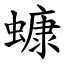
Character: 䗧